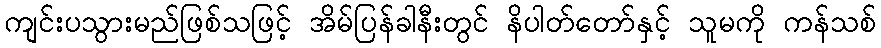
ကျင်းပသွားမည်ဖြစ်သဖြင့် အိမ်ပြန်ခါနီးတွင် နိပါတ်တော်နှင့် သူမကို ကန်သစ်